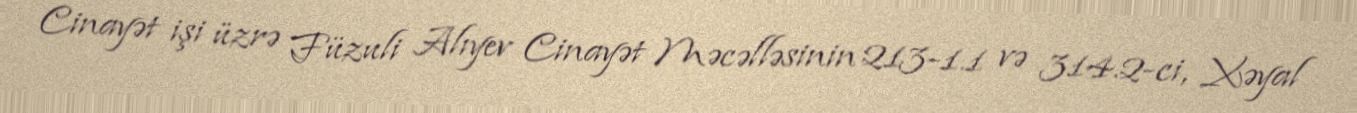
Cinayət işi üzrə Füzuli Alıyev Cinayət Məcəlləsinin 213-1.1 və 314.2-ci, Xəyal